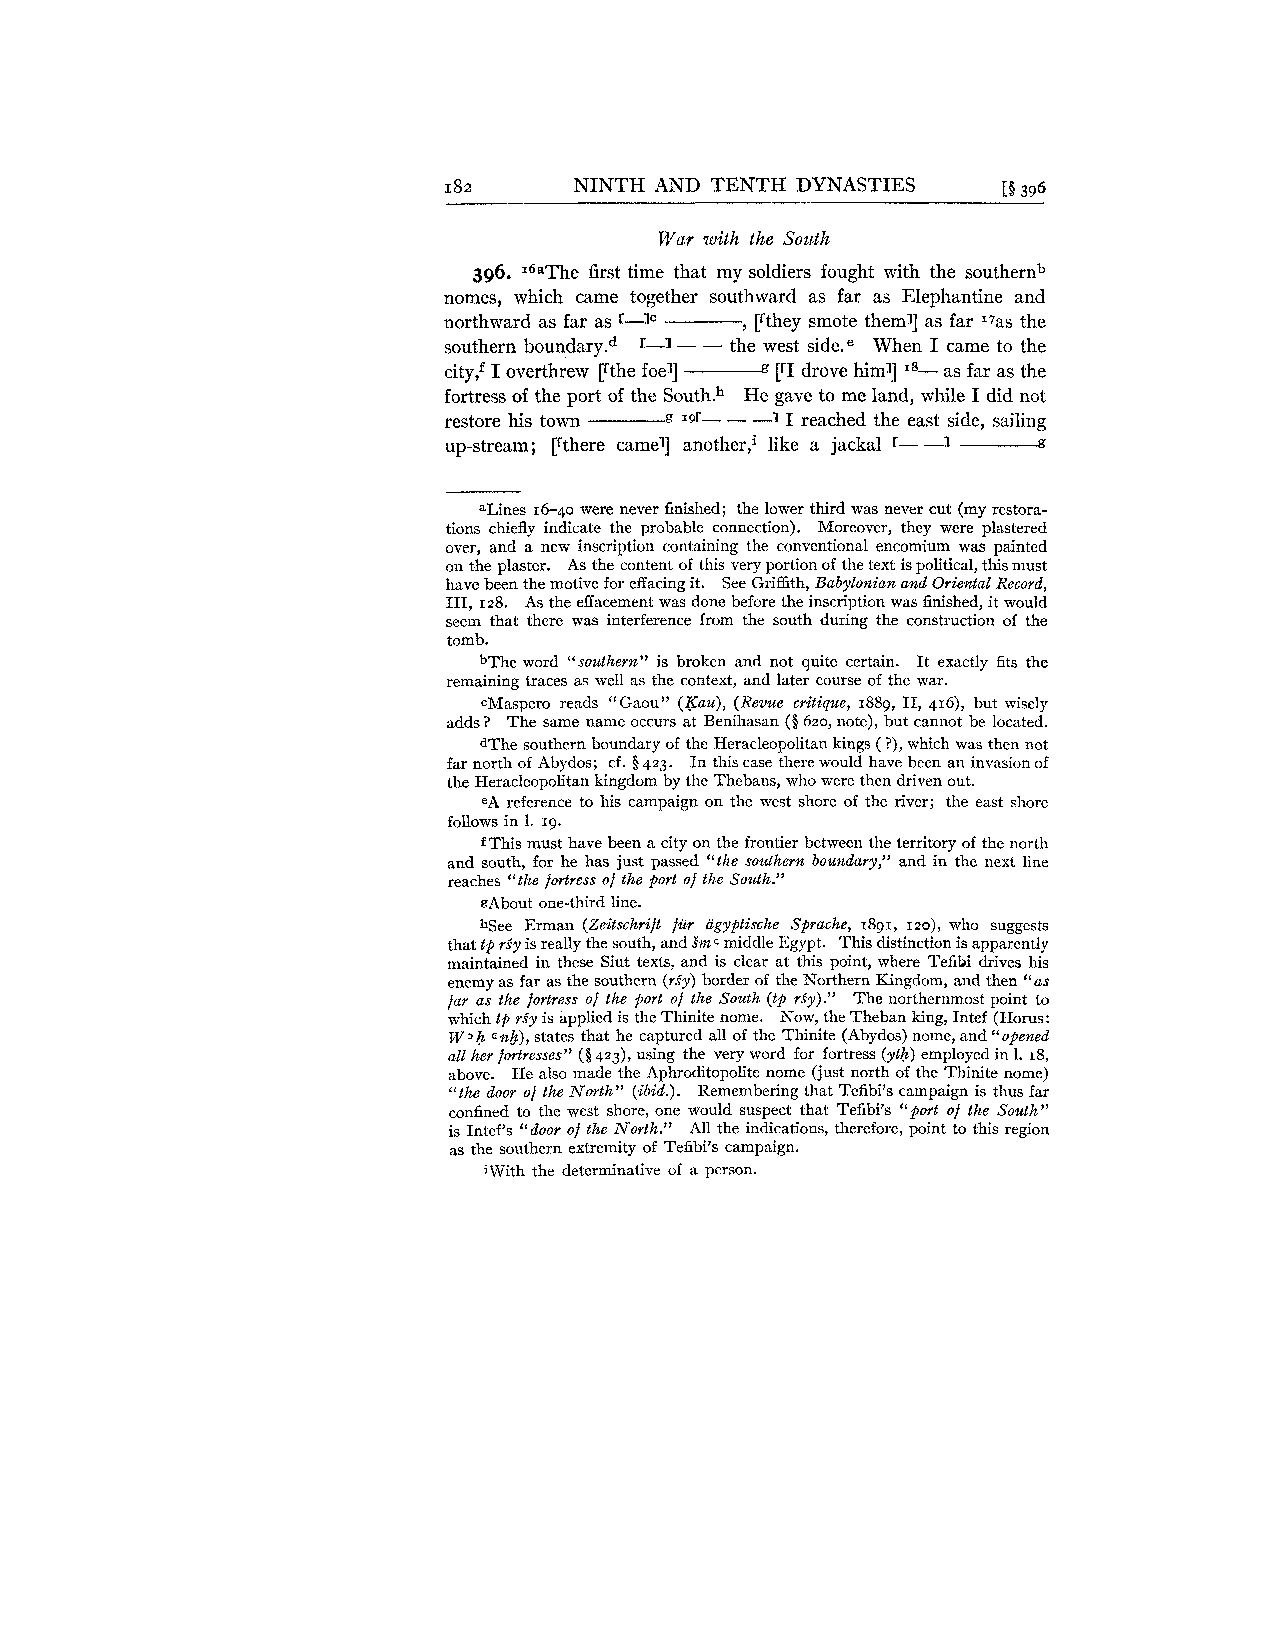
182      NINTH AND TENTH DYNASTIES   15 396
 War with the South
 396. 16aThe first time that my soldiers fought with the southern"
 nomes, which came together southward as far as Elephantine and
 northward as far as r-Ic , [[they smote them]] as far I7as the
 southern bo~ndary.~-1' - - the west side.e When I came to the
 city: I overthrew [[the foe]] [rI drove him]] as far as the
 18-
 fortress of the port of the So~th.H~e gave to me land, while I did not
 restore his town I9r- - -1 I reached the east side, sailing
 up-stream; [[there camel] another,' like a jackal r- -1 -----A
 aLines 16-40 were never finished; the lower third was never cut (my restora-
 tions chiefly indicate the probable connection). Moreover, they were plastered
 over, and a new inscription containing the conventional encomium was painted
 on the plaster. As the content of this very portion of the text is political, this must
 have been the motive for effacing it. See Griffith, Babylonian and Oriental Record,
 1 I  As the effacement was done before the inscription was finished, it would
 seem that there was interference from the south during the construction of the
 tomb.
 bThe word "southern" is broken and not quite certain. It exactly fits the
 remaining traces as well as the context, and later course of the war.
 ~Masperor eads "Gaou" (Kau), (Revue critique, 1889, 11, 416), but wisely
 adds? The same name occurs at Benihasan (8 620, note), but cannot be located.
 dThe southern boundary of the Heracleopolitan kings ( ?), which was then not
 far north of Abydos; cf. 8 423. In this case there would have been an invasion of
 the Heracleopolitan kingdom by the Thebans, who were then driven out.
 eA reference to his campaign on the west shore of the river; the east shore
 follows in 1. 19.
 f This must have been a city on the frontier between the territory of the north
 and south, for he has just passed "the southern boundary," and in the next line
 reaches "the fortress of the port of the South."
 gAbout one-third line.
 hSee Erman (Zeitschrift fiir agyptische Sprache, 1891, rzo), who suggests
 that tp rfyi s really the south, and SfnC middle Egypt. This distinction is apparently
 maintained in these Siut texts, and is clear at this point, where Tefibi drives his
 enemy as far as the southern (rfy)b order of the Northern Kingdom, and then "as
 far as the fortress of the port of the South (tp riy)." The northernmost point to
 which tp rSy is applied is the Thinite nome. Now, the Theban king, Intef (Horus:
 W3 h crib), states that he captured all of the Thinite (Abydos) nome, and "opened
 alC her fortresses" ($423), using the very word for fortress (yth) employed in 1. 18,
 above. He also made the Aphroditopolite nome (just north of the Thinite nome)
 "the door of the North" (ibid.). Remembering that Tefibi's campaign is thus far
 confined to the west shore, one would suspect that Tefibi's "port of the South"
 is Intef's "door of the North." All the indications, therefore, point to this region
 as the southern extremity of Tefibi's campaign.
 iWith the determinative of a person.